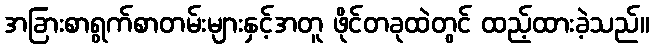
အခြားစာရွက်စာတမ်းများနှင့်အတူ ဖိုင်တခုထဲတွင် ထည့်ထားခဲ့သည်။